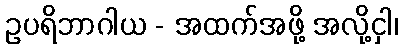
ဥပရိဘာဂါယ - အထက်အဖို့ အလို့ငှါ၊